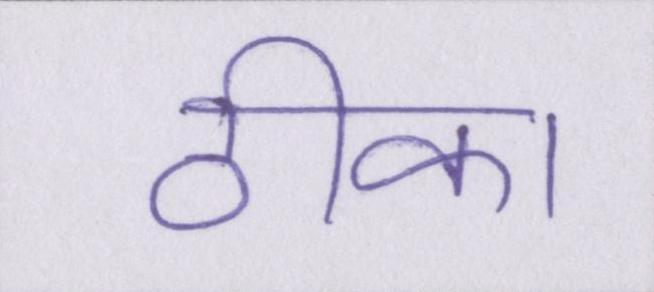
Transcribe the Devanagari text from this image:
ठीका